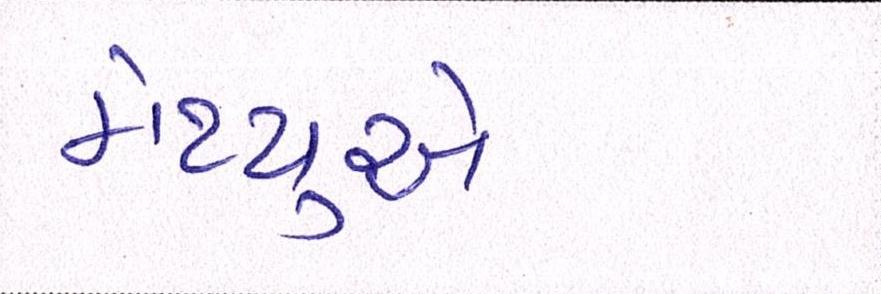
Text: મેથ્યુએ